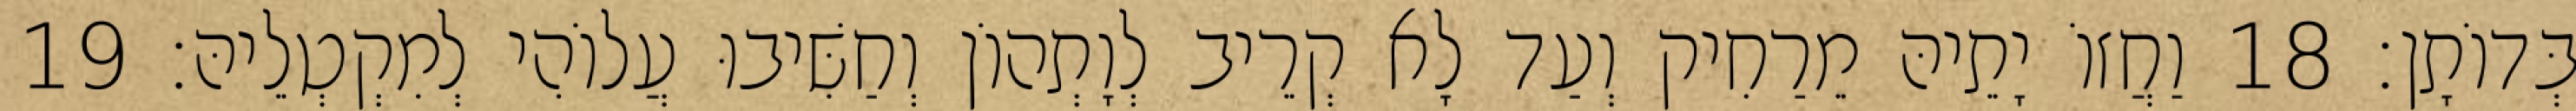
בְּדוֹתָן׃ 18 וַחֲזוֹ יָתֵיהּ מֵרַחִיק וְעַד לָא קְרֵיב לְוָתְהוֹן וְחַשִּׁיבוּ עֲלוֹהִי לְמִקְטְלֵיהּ׃ 19